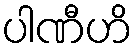
ပါဏီဟိ